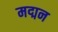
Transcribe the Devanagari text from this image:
मद्मन